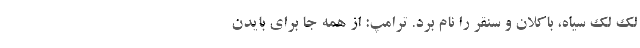
لک لک سیاه، باکلان و سنقر را نام برد. ترامپ: از همه جا برای بایدن